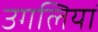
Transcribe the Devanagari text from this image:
उगलियॊं